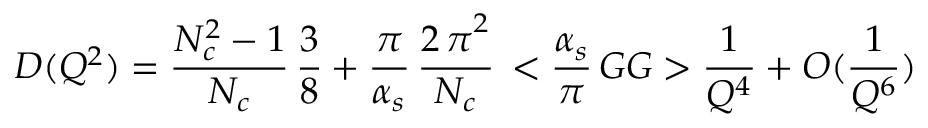
D ( Q ^ { 2 } ) = { \frac { N _ { c } ^ { 2 } - 1 } { N _ { c } } } \, { \frac { 3 } { 8 } } + { \frac { \pi } { \alpha _ { s } } } \, { \frac { { 2 \, \pi } ^ { 2 } } { N _ { c } } } \, < { { \frac { \alpha _ { s } } { \pi } } \, G G } > { \frac { 1 } { Q ^ { 4 } } } + O ( { \frac { 1 } { Q ^ { 6 } } } )